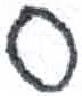
אות: ס